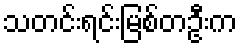
သတင်းရင်းမြစ်တဦးက